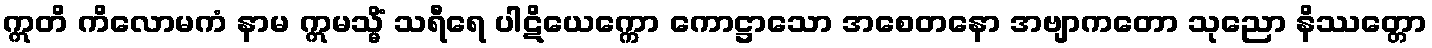
ဣတိ ကိလောမကံ နာမ ဣမသ္မိံ သရီရေ ပါဋိယေက္ကော ကောဋ္ဌာသော အစေတနော အဗျာကတော သုညော နိဿတ္တော